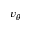
v _ { \theta }